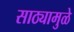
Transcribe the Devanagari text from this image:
साठ्यामुळे